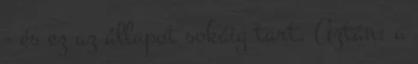
- és ez az állapot sokáig tart. Aztán: a